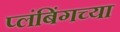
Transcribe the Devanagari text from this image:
प्लंबिंगच्या